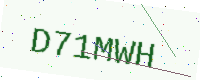
Text: D71MWH